Annual administration report of the Civil Veterinary Department of India - 1895-1896
Year: 1895
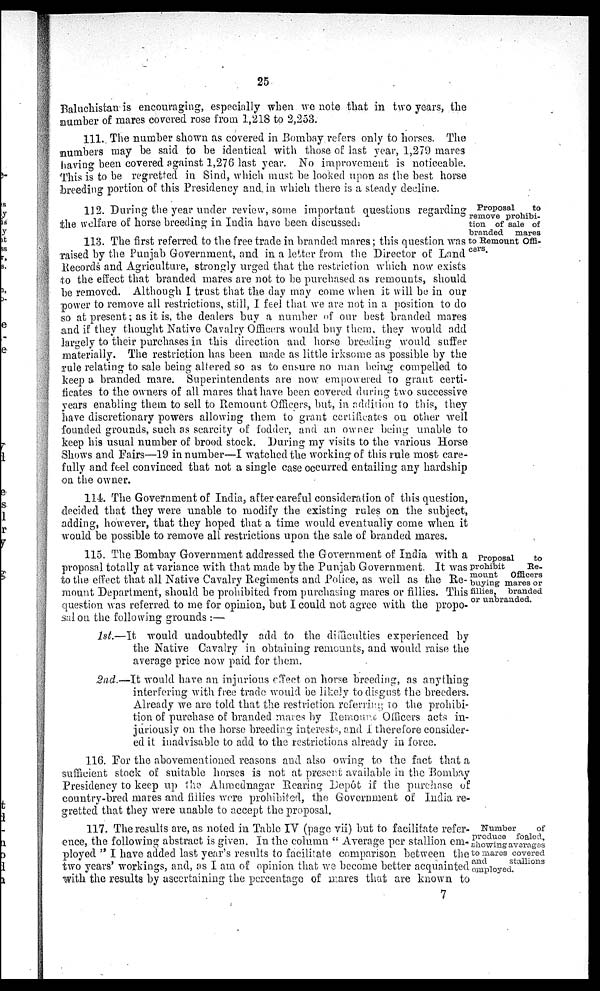
25
Baluchistan is encouraging, especially when we note that in two years, the
number of mares covered rose from 1,218 to 2,253.
111. The number shown as covered in Bombay refers only to horses. The
numbers may be said to be identical with those of last year, 1,279 mares
having been covered against 1,276 last year. No improvement is noticeable.
This is to be regretted in Sind, which must be looked upon as the best horse
breeding portion of this Presidency and, in which there is a steady decline.
Proposal
to
remove prohibi-
tion of sale of
branded
mares
to Remount Offi-
cers.
112. During the year under review, some important questions regarding
the welfare of horse breeding in India have been discussed.
113. The first referred to the free trade in branded mares; this question was
raised by the Punjab Government, and in a letter from the Director of Land
Records and Agriculture, strongly urged that the restriction which now exists
to the effect that branded mares are not to be purchased as remounts, should
be removed. Although I trust that the day may come when it will be in our
power to remove all restrictions, still, I feel that we are not in a position to do
so at present; as it is, the dealers buy a number of our best branded mares
and if they thought Native Cavalry Officers would buy them, they would add
largely to their purchases in this direction and horse breeding would suffer
materially. The restriction has been made as little irksome as possible by the
rule relating to sale being altered so as to ensure no man being compelled to
keep a branded mare. Superintendents are now empowered to grant certi-
ficates to the owners of all mares that have been covered during two successive
years enabling them to sell to Remount Officers, but, in addition to this, they
have discretionary powers allowing them to grant certificates on other well
founded grounds, such as scarcity of fodder, and an owner being unable to
keep his usual number of brood stock. During my visits to the various Horse
Shows and Fairs—19 in number—I watched the working of this rule most care-
fully and feel convinced that not a single case occurred entailing any hardship
on the owner.
114. The Government of India, after careful consideration of this question,
decided that they were unable to modify the existing rules on the subject,
adding, however, that they hoped that a time would eventually come when it
would be possible to remove all restrictions upon the sale of branded mares.
Proposal
to
prohibit
Re-
mount
Officers
buying mares or
fillies,
branded
or unbranded.
115. The Bombay Government addressed the Government of India with a
proposal totally at variance with that made by the Punjab Government. It was
to the effect that all Native Cavalry Regiments and Police, as well as the Re-
mount Department, should be prohibited from purchasing mares or fillies. This
question was referred to me for opinion, but I could not agree with the propo-
sal on. the following grounds:—
1st.—It would undoubtedly add to the difficulties experienced by
the Native Cavalry in obtaining remounts, and would raise the
average price now paid for them.
2nd.—It would have an injurious effect on horse breeding, as anything
interfering with free trade would be likely to disgust the breeders.
Already we are told that the restriction referring to the prohibi-
tion of purchase of branded mares by Remount Officers acts in-
juriously on the horse breeding interests, and I therefore consider-
ed it inadvisable to add to the restrictions already in force.
116. For the abovementioned reasons and also owing to the fact that a
sufficient stock of suitable horses is not at present available in the Bombay
Presidency to keep up the Ahmednagar Rearing Depôt if the purchase of
country-bred mares and fillies were prohibited, the Government of India re-
gretted that they were unable to accept the proposal.
Number
of
produce foaled,
showing averages
to maros covered
and
stallions
employed.
117. The results are, as noted in Table IV (page vii) but to facilitate refer-
ence, the following abstract is given. In the column "Average per stallion em-
ployed" I have added last year's results to facilitate comparison between the
two years' workings, and, as I am of opinion that we become better acquainted
with the results by ascertaining the percentage of mares that are known to
7